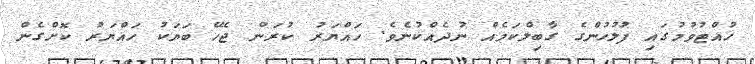
ހުއްޓުވުމުގައި ފުލުހުންގެ ގާބިލްކަމެއް ނުދެއްކުނެވެ. ހައްޔަރު ކުރަން ޖެހޭ ބަޔަކު ހައްޔަރު ކޮށްގެން